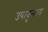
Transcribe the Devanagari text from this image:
उपावृत्तस्य